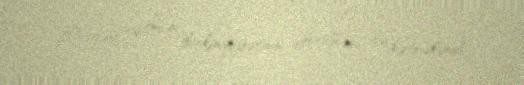
Elçibəy və onun hakimiyyətinin devrilməsi ilə nəticələndi.